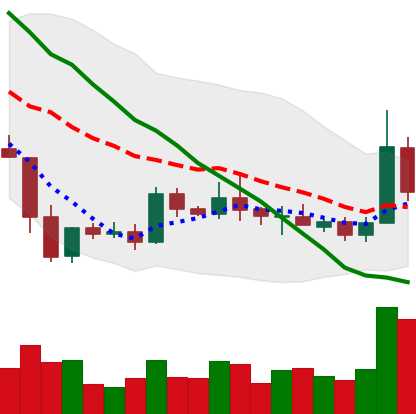
Ticker: XRP-USD
Chart end date: 2019-05-12
Forward return: 24.549%
Label: up_7plus